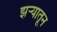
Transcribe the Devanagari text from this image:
झऱ्यातून